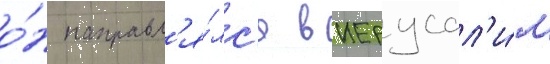
о́н направл'я́лс'я в иерусал'и́м